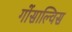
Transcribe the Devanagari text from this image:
गोंसाल्विस